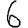
Digit: 6